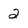
Character: 2